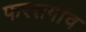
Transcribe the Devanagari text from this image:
फरसगांव